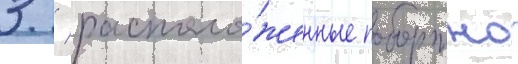
3 / располо́женные побортно